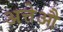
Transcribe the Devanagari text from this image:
अत्तेऔ